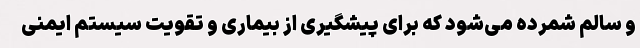
و سالم شمرده می‌شود که برای پیشگیری از بیماری و تقویت سیستم ایمنی